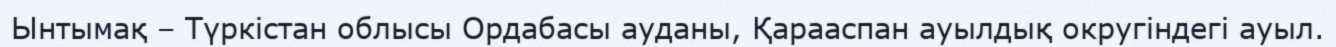
Ынтымақ – Түркістан облысы Ордабасы ауданы, Қарааспан ауылдық округіндегі ауыл.